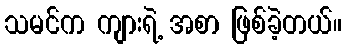
သမင်က ကျားရဲ့ အစာ ဖြစ်ခဲ့တယ်။